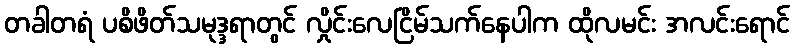
တခါတရံ ပစိဖိတ်သမုဒ္ဒရာတွင် လှိုင်းလေငြိမ်သက်နေပါက ထိုလမင်း အလင်းရောင်